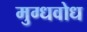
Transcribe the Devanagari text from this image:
मुग्धवोध